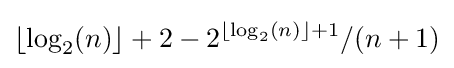
\lfloor \log _{2}(n)\rfloor +2-2^{\lfloor \log _{2}(n)\rfloor +1}/(n+1)